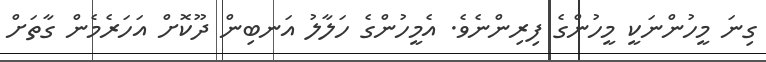
ގިނަ މީހުންނަކީ މީހުންގެ ފިރިންނެވެ. އެމީހުންގެ ހަލާލު އަނބިން ދޫކޮށް އަހަރެމެން ގާތަށް